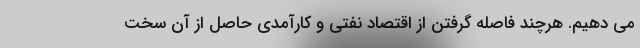
می دهیم. هرچند فاصله گرفتن از اقتصاد نفتی و کارآمدی حاصل از آن سخت